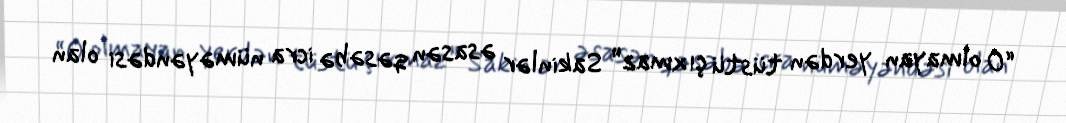
“O olmayan yerdən tüstü çıxmaz” Sakinlər əsasən qəsəbə icra nüməyəndəsi olan